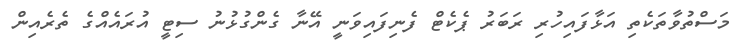
މަސްތުވާތަކެތި އަޅާފައިހުރި ރަބަރު ޕެކެޓް ފެނިފައިވަނީ އޭނާ ގެންގުޅުނު ސިޓީ އުރައެއްގެ ތެރެއިން